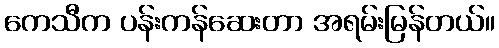
ကေသီက ပန်းကန်ဆေးတာ အရမ်းမြန်တယ်။